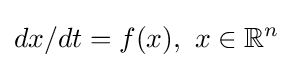
dx/dt=f(x),\ x\in \mathbb {R} ^{n}